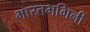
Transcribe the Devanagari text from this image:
भारतभगिनी